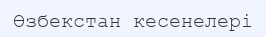
Өзбекстан кесенелері